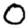
Digit: 0